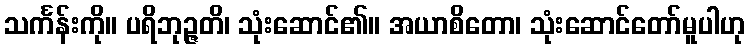
သင်္ကန်းကို။ ပရိဘုဉ္ဇတိ၊ သုံးဆောင်၏။ အယာစိတော၊ သုံးဆောင်တော်မူပါဟု